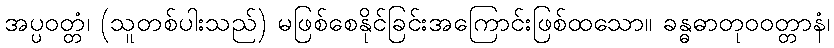
အပ္ပဝတ္တံ၊ (သူတစ်ပါးသည်) မဖြစ်စေနိုင်ခြင်းအကြောင်းဖြစ်ထသော။ ခန္ဓဓာတုဝဝတ္တာနံ၊